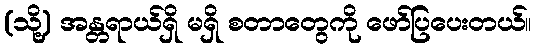
(သို့) အန္တရာယ်ရှိ မရှိ စတာတွေကို ဖော်ပြပေးတယ်။